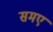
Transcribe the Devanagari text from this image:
समए